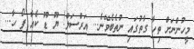
މީހުންނަށް ތިހާ ގާތުގައި ނުތެބެވޭނެ... އަރްސަލް! ޔޫ ޑޫ ކެއާ ފޯ ހާ...